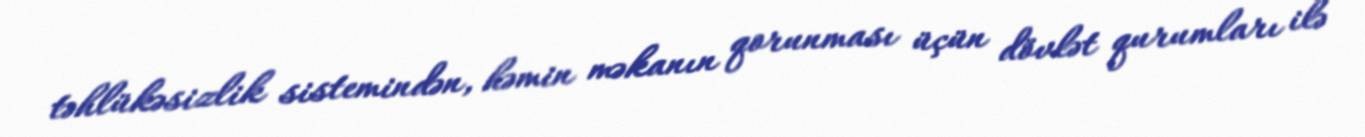
təhlükəsizlik sistemindən, həmin məkanın qorunması üçün dövlət qurumları ilə